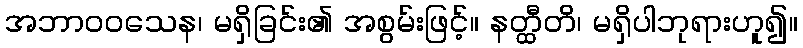
အဘာဝဝသေန၊ မရှိခြင်း၏ အစွမ်းဖြင့်။ နတ္ထီတိ၊ မရှိပါဘုရားဟူ၍။